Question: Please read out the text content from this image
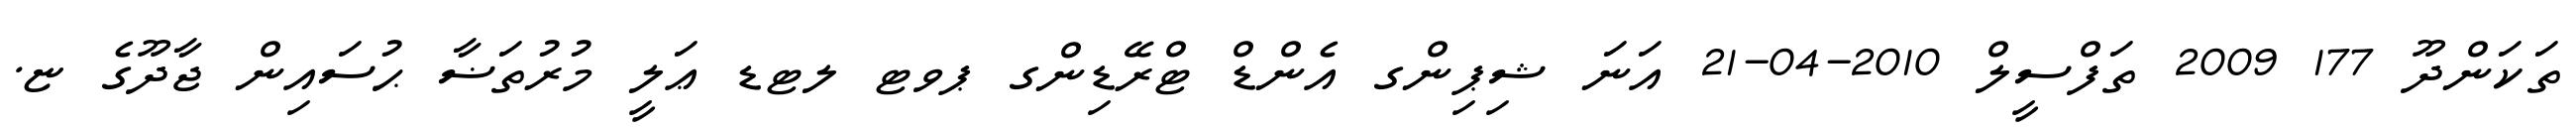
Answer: ތަކަންދޫ 177 2009 ތަފްސީލް 2010-04-21 އަނަ ޝިޕިންގ އެންޑް ޓްރޭޑިންގ ޕވޓ ލޓޑ ޢަލީ މުރުތަޟާ ޙުސައިން ޖާދޫގެ ޏ.